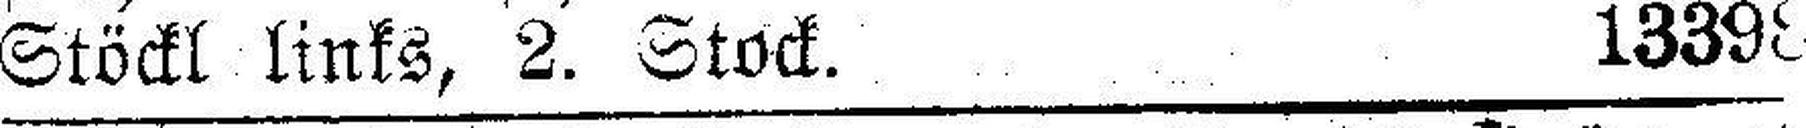
Stöckl links, 2. Stock. 13398